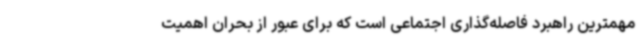
مهمترین راهبرد فاصله‌گذاری اجتماعی است که برای عبور از بحران اهمیت